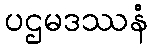
ပဌမဒဿနံ